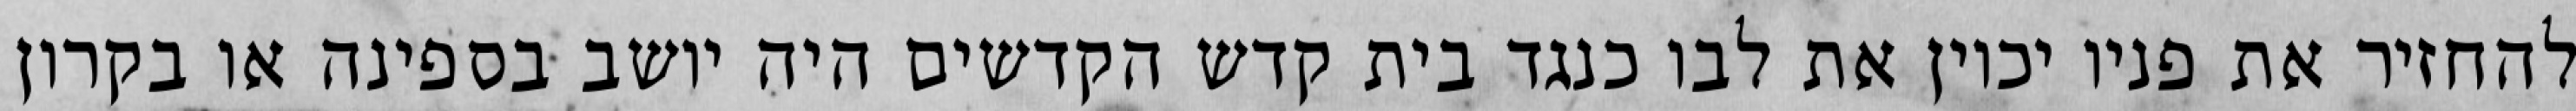
להחזיר את פניו יכוין את לבו כנגד בית קדש הקדשים היה יושב בספינה או בקרון